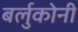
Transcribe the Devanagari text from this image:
बर्लुकोनी